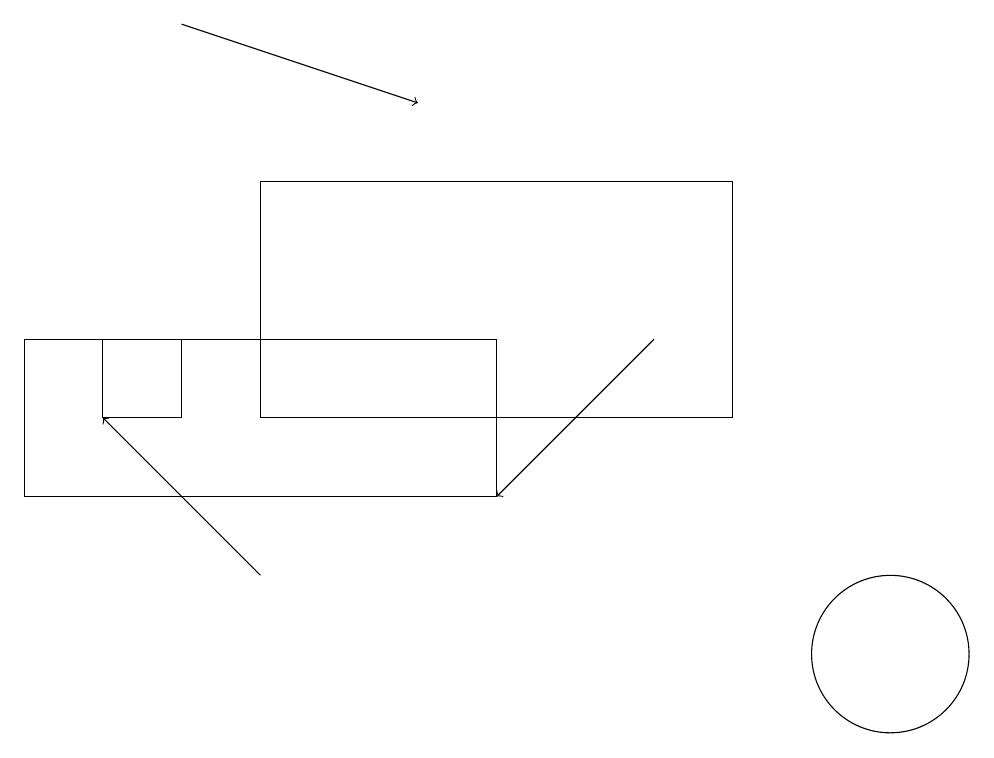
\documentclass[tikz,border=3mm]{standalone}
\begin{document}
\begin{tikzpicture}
\draw[->] (2,19) -- (5,18);
\draw[->] (8,15) -- (6,13);
\draw (2,14) rectangle (1,15);
\draw (0,13) rectangle (6,15);
\draw[->] (3,12) -- (1,14);
\draw (11,11) circle (1);
\draw (3,17) rectangle (9,14);
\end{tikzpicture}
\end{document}